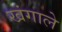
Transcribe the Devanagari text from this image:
खंगाले